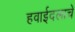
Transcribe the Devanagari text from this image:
हवाईदलाचे